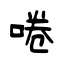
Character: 啳